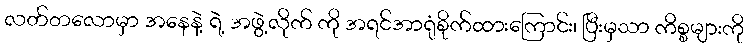
လတ်တလောမှာ အနေနဲ့ ရဲ့ အဖွဲ့လိုက် ကို အရင်အာရုံစိုက်ထားကြောင်း၊ ပြီးမှသာ ကိစ္စများကို